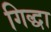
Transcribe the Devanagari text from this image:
गिद्धा